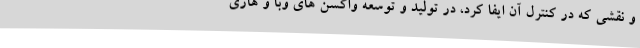
و نقشی که در کنترل آن ایفا کرد، در تولید و توسعه واکسن های وبا و هاری